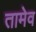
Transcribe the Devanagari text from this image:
तामेव